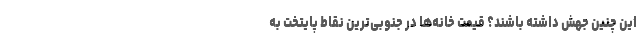
این چنین جهش داشته باشند؟ قیمت خانه‌ها در جنوبی‌ترین نقاط پایتخت به